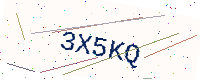
Text: 3X5KQ